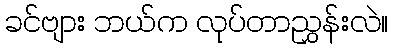
ခင်ဗျား ဘယ်က လုပ်တာညွှန်းလဲ။